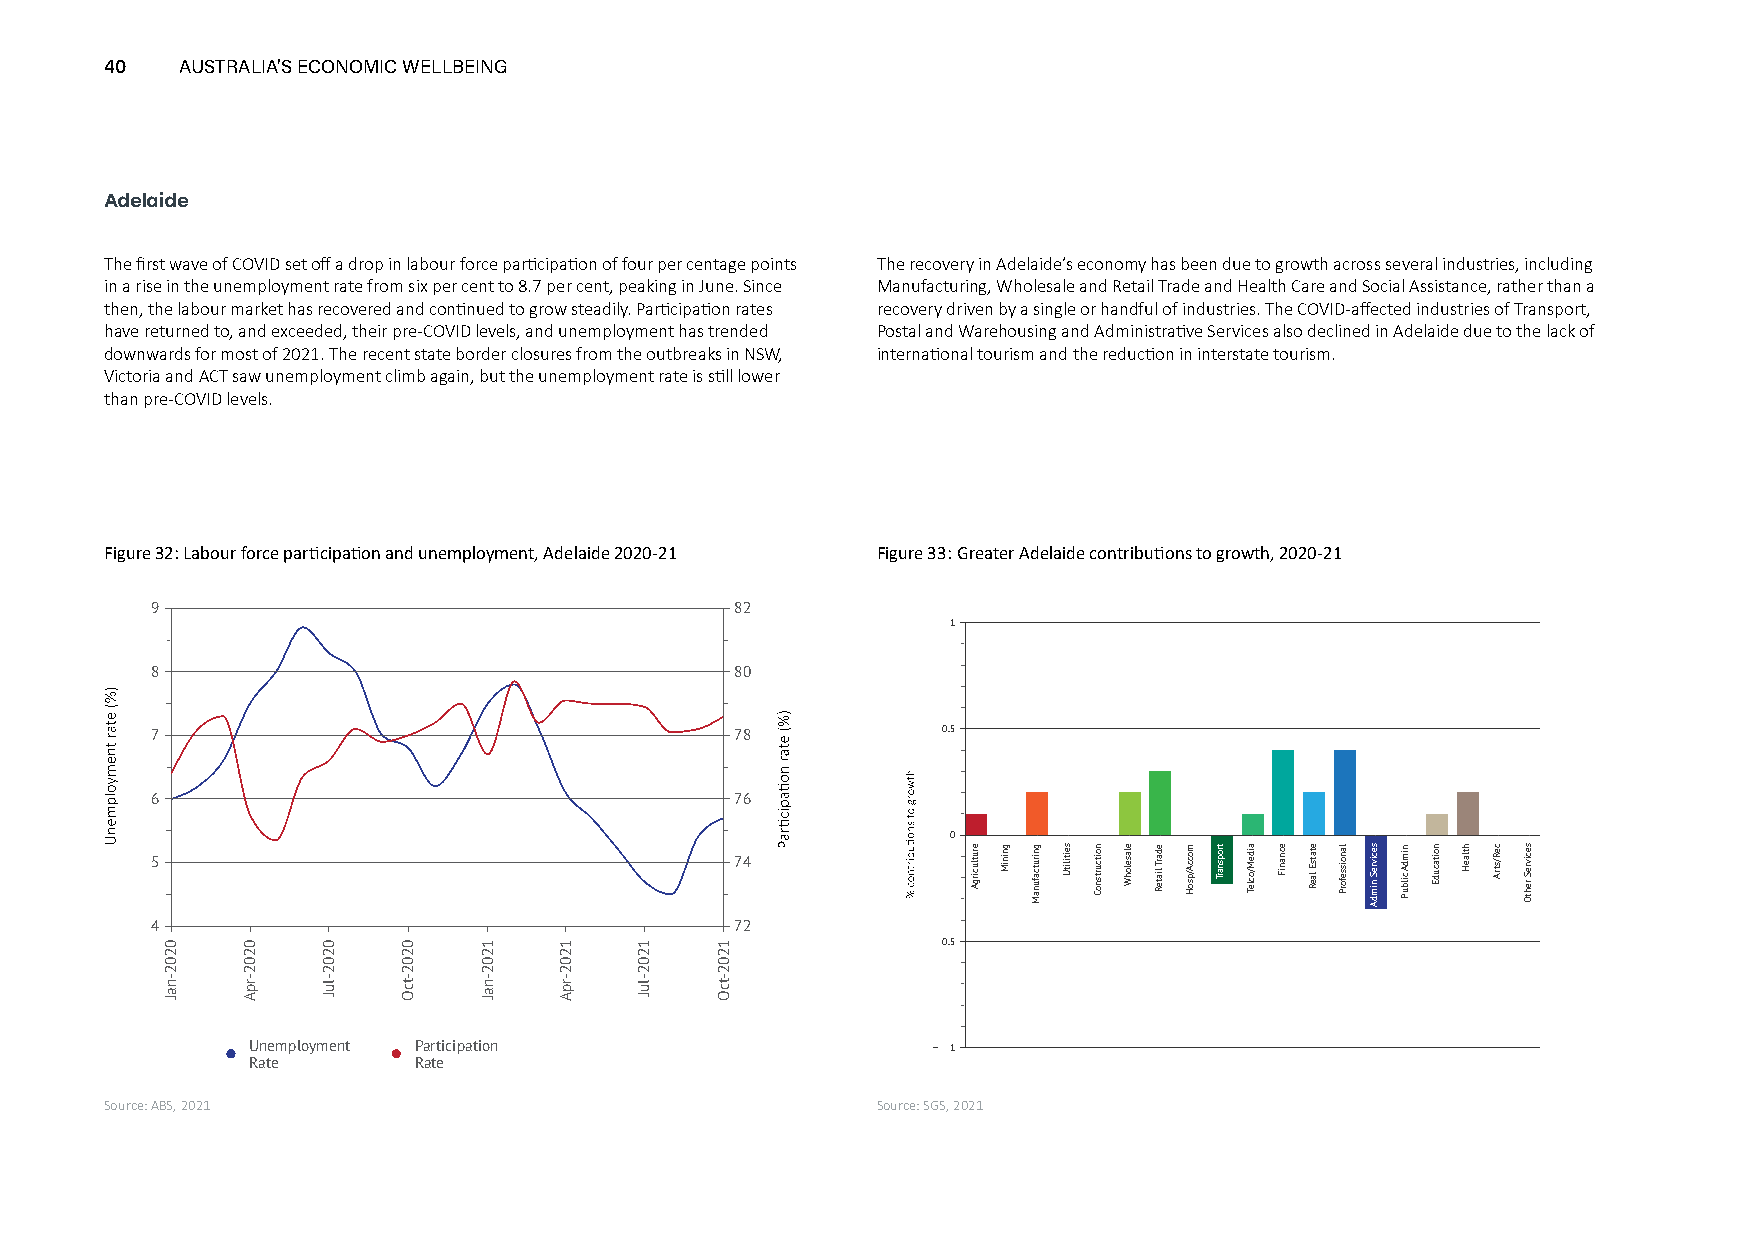
40   AUSTRALIA’S ECONOMIC WELLBEING
 Adelaide
 The first wave of COVID set off a drop in labour force participation of four per centage points The recovery in Adelaide’s economy has been due to growth across several industries, including
 in a rise in the unemployment rate from six per cent to 8.7 per cent, peaking in June. Since Manufacturing, Wholesale and Retail Trade and Health Care and Social Assistance, rather than a
 then, the labour market has recovered and continued to grow steadily. Participation rates recovery driven by a single or handful of industries. The COVID-affected industries of Transport,
 have returned to, and exceeded, their pre-COVID levels, and unemployment has trended Postal and Warehousing and Administrative Services also declined in Adelaide due to the lack of
 downwards for most of 2021. The recent state border closures from the outbreaks in NSW, international tourism and the reduction in interstate tourism.
 Victoria and ACT saw unemployment climb again, but the unemployment rate is still lower
 than pre-COVID levels.
 Figure 32: Labour force participation and unemployment, Adelaide 2020-21 Figure 33: Greater Adelaide contributions to growth, 2020-21
 9                                      82
 1
 8                                      80
 7                                      78           0.5
 6                                      76
 0
 5                                      74
 4                                      72
 0.5
 Unemployment Participation                    1
 Rate      Rate
 Source: ABS, 2021                                  Source: SGS, 2021
 0202-naJ 0202-rpA 0202-luJ 0202-tcO 1202-naJ 1202-rpA 1202-luJ 1202-tcO
 erutlucirgA gniniM gnirutcafunaM seitilitU noitcurtsnoC elaselohW edarT
 liateR
 moccA/psoH tropsnarT aideM/ocleT ecnaniF etatsE
 laeR
 lanoisseforP secivreS
 nimdA
 nimdA
 cilbuP
 noitacudE htlaeH ceR/strA secivreS
 rehtO